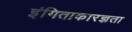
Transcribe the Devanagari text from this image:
इंगिताकारज्ञता